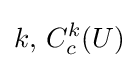
k,\,C_{c}^{k}(U)